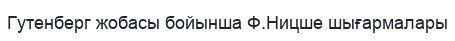
Гутенберг жобасы бойынша Ф.Ницше шығармалары